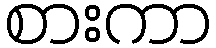
စားကာ